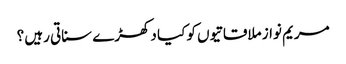
مریم نواز ملاقاتیوں کو کیا دکھڑے سناتی رہیں ؟